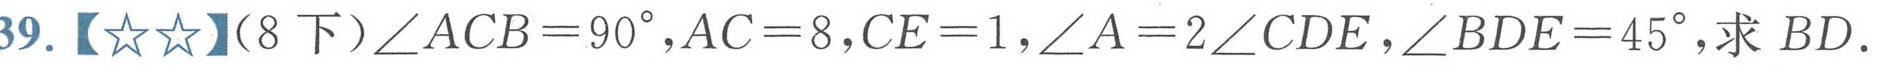
39.【★★】（8下）\(\angle ACB = 90^{\circ},AC = 8,CE = 1,\angle A = 2\angle CDE,\angle BDE = 45^{\circ}\),求 \(BD\).